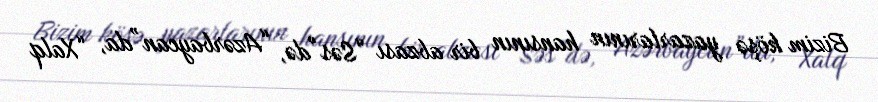
Bizim köşə yazarlarının hansının bir abzası “Səs”də, “Azərbaycan”da, “Xalq